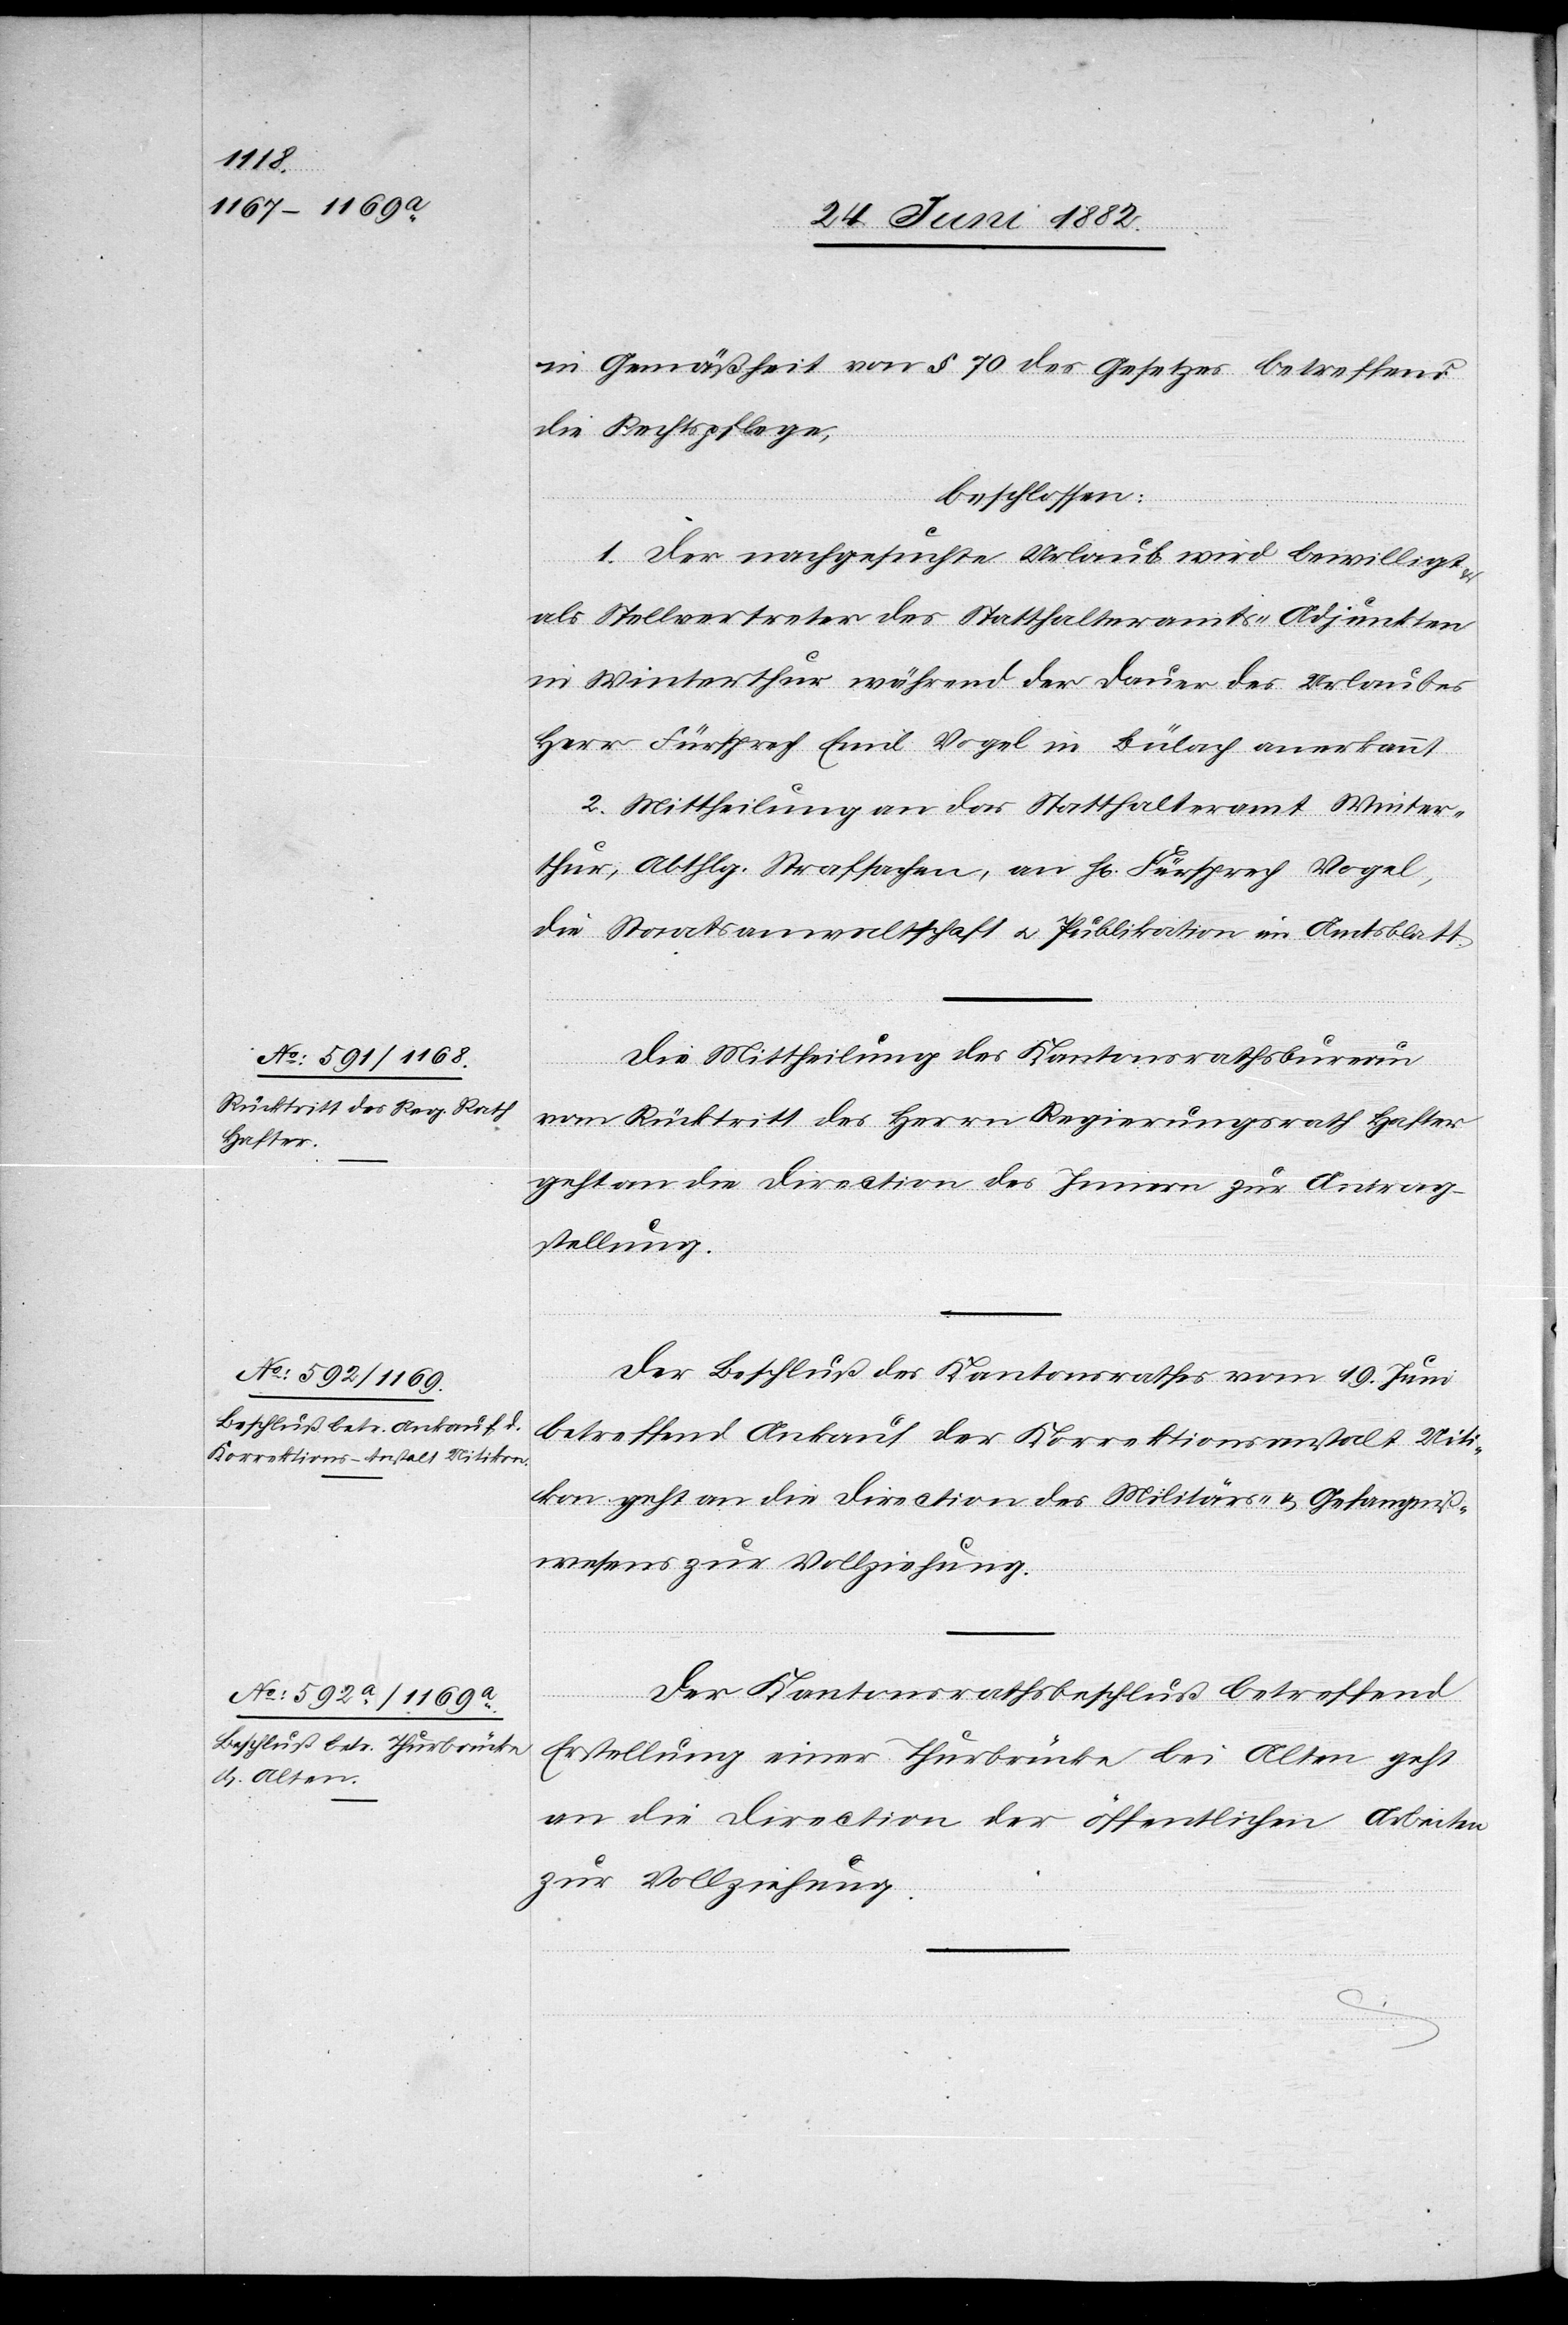
in Gemäßheit von § 70 des Gesetzes betreffend
die Rechtspflege,
beschlossen:
1. Der nachgesuchte Urlaub wird bewilligt
als Stellvertreter des Statthalteramts-Adjunkten
in Winterthur während der Dauer des Urlaubes
Herr Fürsprech Emil Vogel in Bülach anerkannt.
2. Mittheilung an das Statthalteramt Winter¬
thur, Abthlg. Strafsachen, an H[rn]. Fürsprech Vogel,
die Staatsanwaltschaft u. Publikation im Amtsblatt.
Die Mittheilung des Kantonsrathsbureau
vom Rücktritt des Herrn Regierungsrath Hafter
geht an die Direction des Innern zur Antrag¬
stellung.
Der Beschluß des Kantonsrathes vom 19. Juni
betreffend Ankauf der Korrektionsanstalt Uiti¬
kon geht an die Direction des Militärs- [sic!] & Gefängniß¬
wesens zur Vollziehung.
Der Kantonsrathsbeschluß betreffend
Erstellung einer Thurbrücke bei Alten geht
an die Direction der öffentlichen Arbeiten
zur Vollziehung.